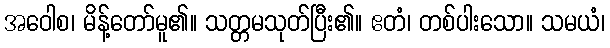
အဝေါစ၊ မိန့်တော်မူ၏။ သတ္တမသုတ်ပြီး၏။ ဧတံ၊ တစ်ပါးသော။ သမယံ၊